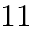
1 1